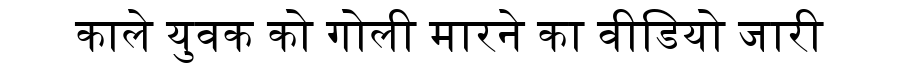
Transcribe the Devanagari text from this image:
काले युवक को गोली मारने का वीडियो जारी